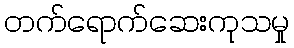
တက်ရောက်ဆေးကုသမှု